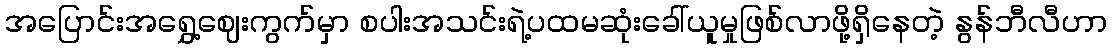
အပြောင်းအရွှေ့ဈေးကွက်မှာ စပါးအသင်းရဲ့ပထမဆုံးခေါ်ယူမှုဖြစ်လာဖို့ရှိနေတဲ့ နွန်ဘီလီဟာ